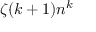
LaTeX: \zeta ( k + 1 ) n ^ { k }